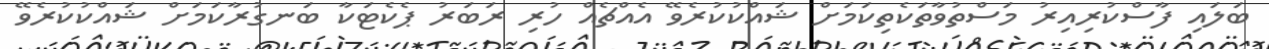
ބަލައި ފާސްކުރިއިރު މަސްތުވާތަކެތިކަމަށް ޝައްކުކުރެވޭ އެއްޗެއް ހުރި ރަބަރު ޕެކެޓަކާ ބަނގުރާކަމަށް ޝައްކުކުރެވޭ